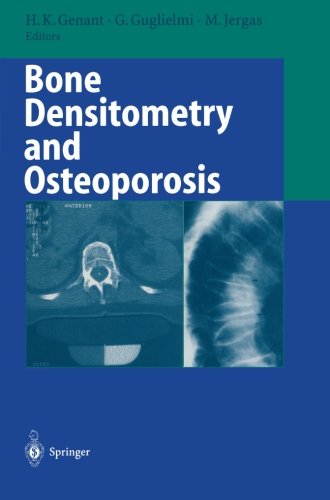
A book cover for Bone Densitometry and Osteoporosis; Health, Fitness & Dieting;